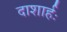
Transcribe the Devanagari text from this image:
दाशार्हः